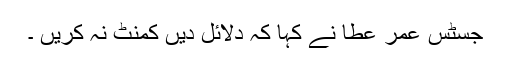
جسٹس عمر عطا نے کہا کہ دلائل دیں کمنٹ نہ کریں ۔